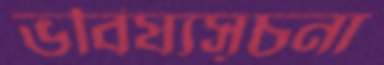
ভবিষ্যসূচনা